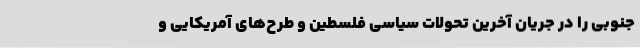
جنوبی را در جریان آخرین تحولات سیاسی فلسطین و طرح‌های آمریکایی و